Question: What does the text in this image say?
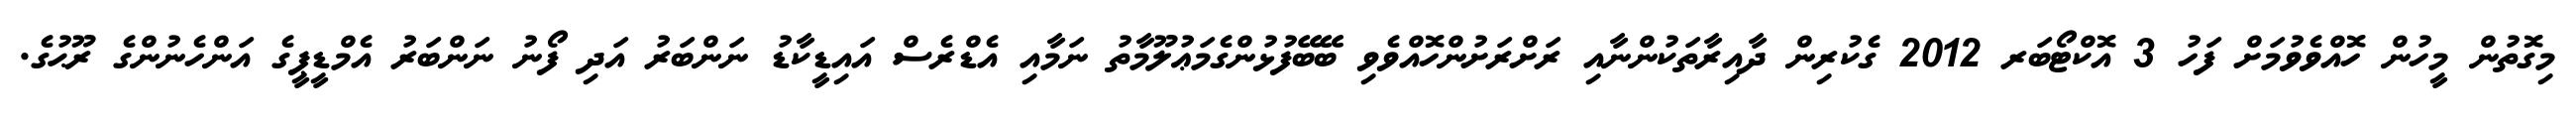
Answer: މިގޮތުން މީހުން ހޮއްވެވުމަށް ފަހު 3 އޮކްޓޯބަރ 2012 ގެކުރިން ދާއިރާތަކުންނާއި ރަށްރަށުންހޮއްވެވި ބޭބޭފުޅުންގެމަޢުލޫމާތު ނަމާއި އެޑްރެސް އައިޑީކާޑު ނަންބަރު އަދި ފޯނު ނަންބަރު އެމްޑީޕީގެ އަންހެނުންގެ ރޫޙުގެ.